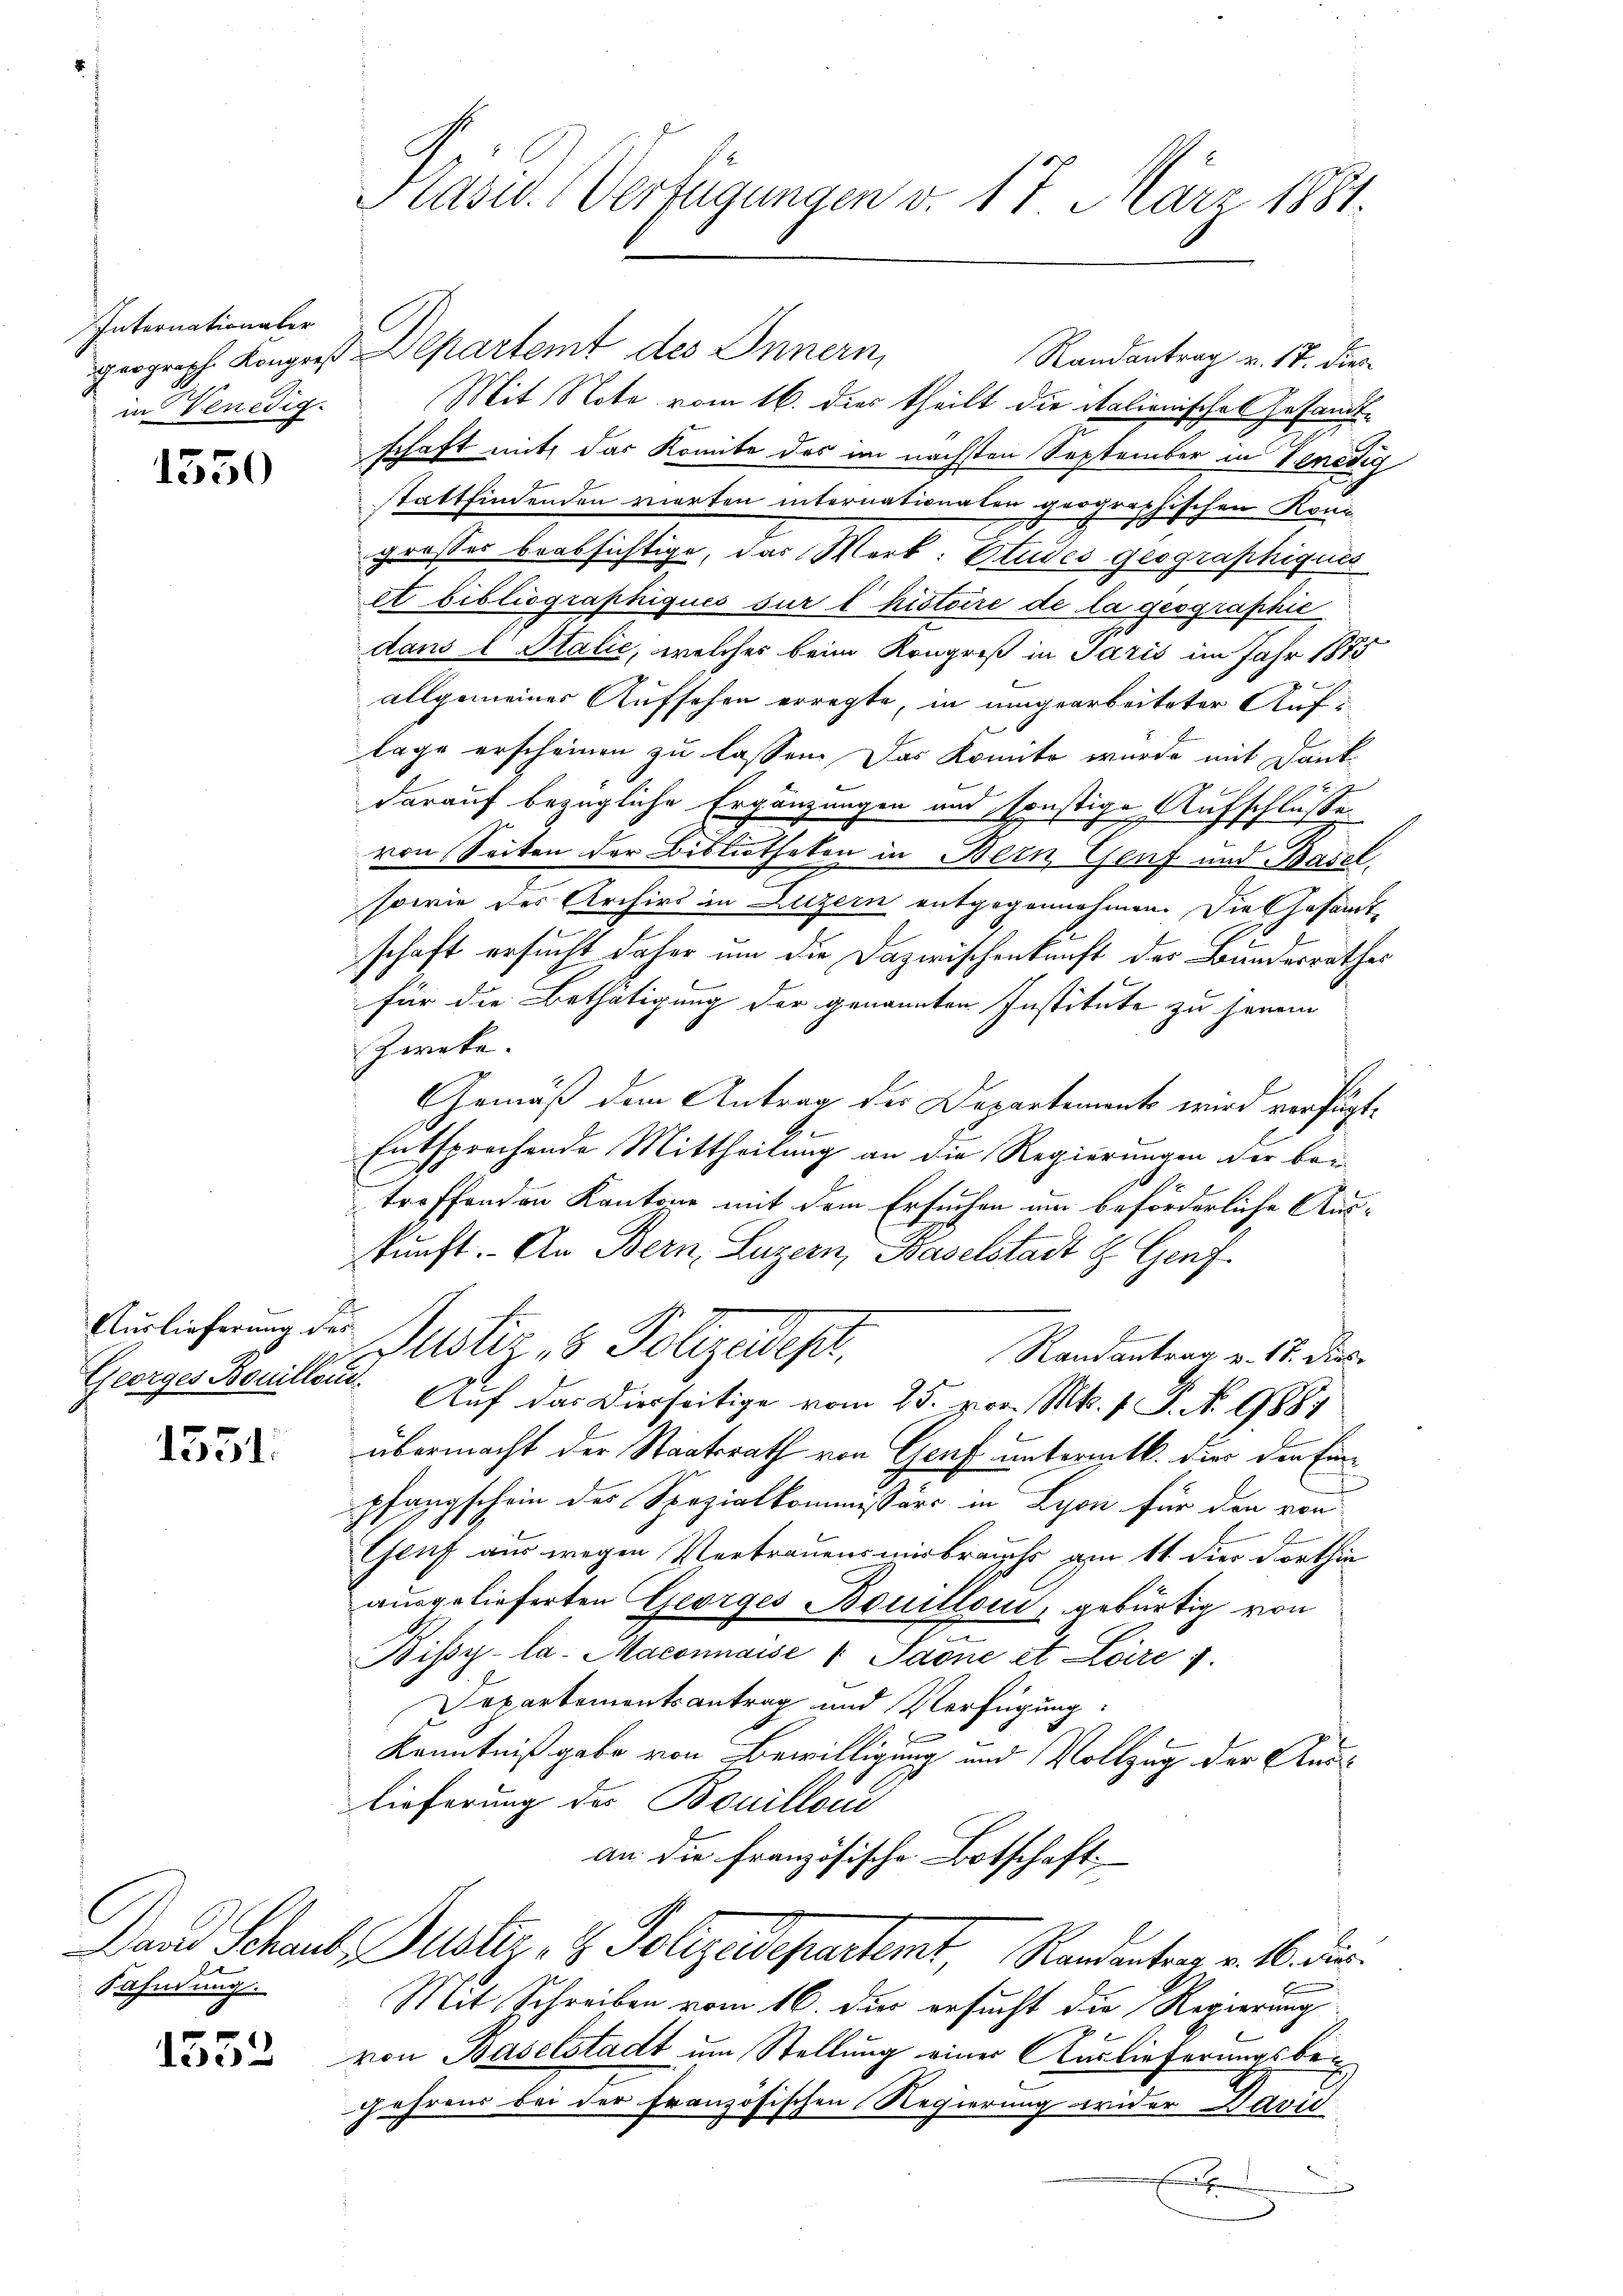
Internationaler
in Venedig

1550

Auslieferung des
Georges Bouillons.

1551.

Fahndung.

1552

geograph. Konzer Departemt des Innern,
Randantrag v. 17. dies
Mit Note vom 16. dies theilt die italienisches Gesandtschaft mit, das Komite des im nächsten September in Venedig
Stattfindenden werfen internationalen geographischen Konz
.
grosses beabsichtige, das Werk: Etudes geographiques
et bibliographiqués sur l’histoire de la geographie
dans l Italić, welches beim Kongreß in Paris im Jahr 1875
allgemeiner Aufsehen erregte, in umgearbeiteter Auflage erscheinen zu lassen. Das Komite wurde mit Dank
darauf bezügliche Ergänzungen und sonstige Aufschlüsse.
von Seiten der Bibliothekon in Bern Genf und Basel
sowie des Archivs in Luzern entgegennahmen. Die Gesamt-
schaft ersucht daher um die Dazwischenkunft der Bundesrathes
für die Bethätigung der genannten Institute zu heimn
Zweke.
Gemäß dem Antrag der Departements wird verfügt,
Entsprochende Mittheilung an die Regierungen der bei
troffenden Kantone mit dem Ersuchen um beförderliche Auskunft. An Bern, Luzern, Baselstadt z. Genf
Justiz & Polizeides,
Randantrag v. 17. Dies
Auf das Dierseitige vom 25. vor. Mts. 1. P. No. 1881
übermacht der Staatsrath von Genf untermtl. dies den Einpfangschein des Spezialkommissärs in Lyon für den von
Genf aus wegen Vertrauensmirbrauchs am 11. dies dorthin
ausgelieferten Georges Bouillon, gebürtig von
Bissy-la. Maconnaise 1 Saone et Laire 1
Departementsantrag und Verfügung:

Kenntniß gabe von Bewilligung und Vollzug der Auss
lieferung des Bouillon
an die französische Botschaft,
Dand Schaub. Allstier- & Polizeidepartemt, Randanten v. 16. dir.
Mit Schreiben vom 16. Der ersucht die Regierung
von Baselstadt um Stellung einer Auslieferungsbe¬
Jahrens bei der Französischen Regierung wider David
x

Kasid. (Verfügungen v. 17. März 1881.